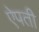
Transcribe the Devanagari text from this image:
ऐपती